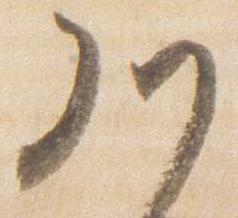
川